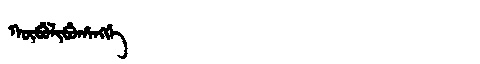
Manchu: ᡴᡡᠪᡠᠯᡳᠪᡠᡥᠠᠩᡤᡝ
Romanization: KŪBULIBUHANGGE